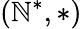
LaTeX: (\mathbb{N}^{*},*)